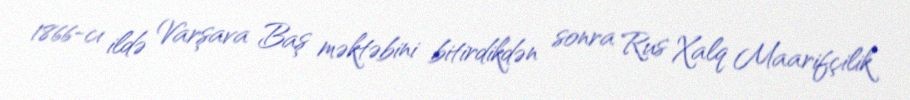
1866-cı ildə Varşava Baş məktəbini bitirdikdən sonra Rus Xalq Maarifçilik